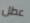
عطل